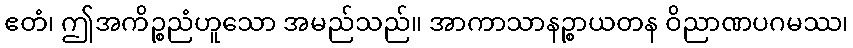
ဧတံ၊ ဤအကိဉ္စညံဟူသော အမည်သည်။ အာကာသာနဉ္စာယတန ဝိညာဏပဂမဿ၊